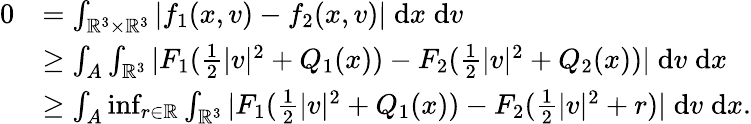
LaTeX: \begin{array}{rl}{0}&{=\int_{{\mathbb R}^{3}\times{\mathbb R}^{3}}|f_{1}(x,v)-f_{2}(x,v)|\; \mathrm{d}{x}\; \mathrm{d}{v}}\\ &{\geq\int_{A}\int_{{\mathbb R}^{3}}|F_{1}(\frac 12|v|^{2}+Q_{1}(x))-F_{2}(\frac 12|v|^{2}+Q_{2}(x))|\; \mathrm{d}{v}\; \mathrm{d}{x}}\\ &{\geq\int_{A}\operatorname*{inf}_{r\in{\mathbb R}}\int_{{\mathbb R}^{3}}|F_{1}(\frac 12|v|^{2}+Q_{1}(x))-F_{2}(\frac 12|v|^{2}+r)|\; \mathrm{d}{v}\; \mathrm{d}{x}.}\end{array}